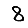
Digit: 8